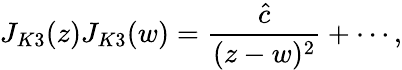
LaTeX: J_{K3}(z)J_{K3}(w)={\frac{\hat{c}}{(z-w)^{2}}}+\cdots,